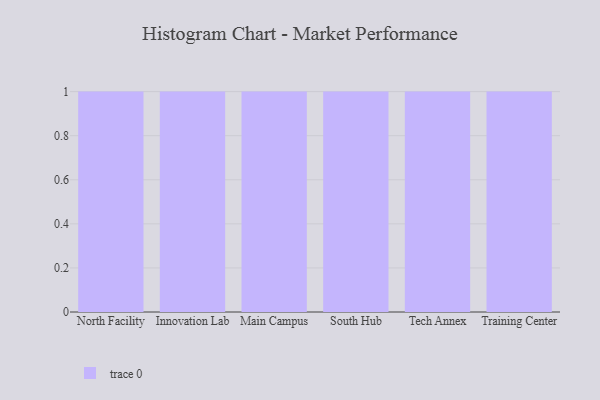
{"axis": {"x": "Campus", "y": "Bounce Rate (%)"}, "legend": [""], "data": [{"x": "North Facility", "y": 45, "type": ""}, {"x": "Innovation Lab", "y": 72, "type": ""}, {"x": "Main Campus", "y": 46, "type": ""}, {"x": "South Hub", "y": 18, "type": ""}, {"x": "Tech Annex", "y": 50, "type": ""}, {"x": "Training Center", "y": 53, "type": ""}]}